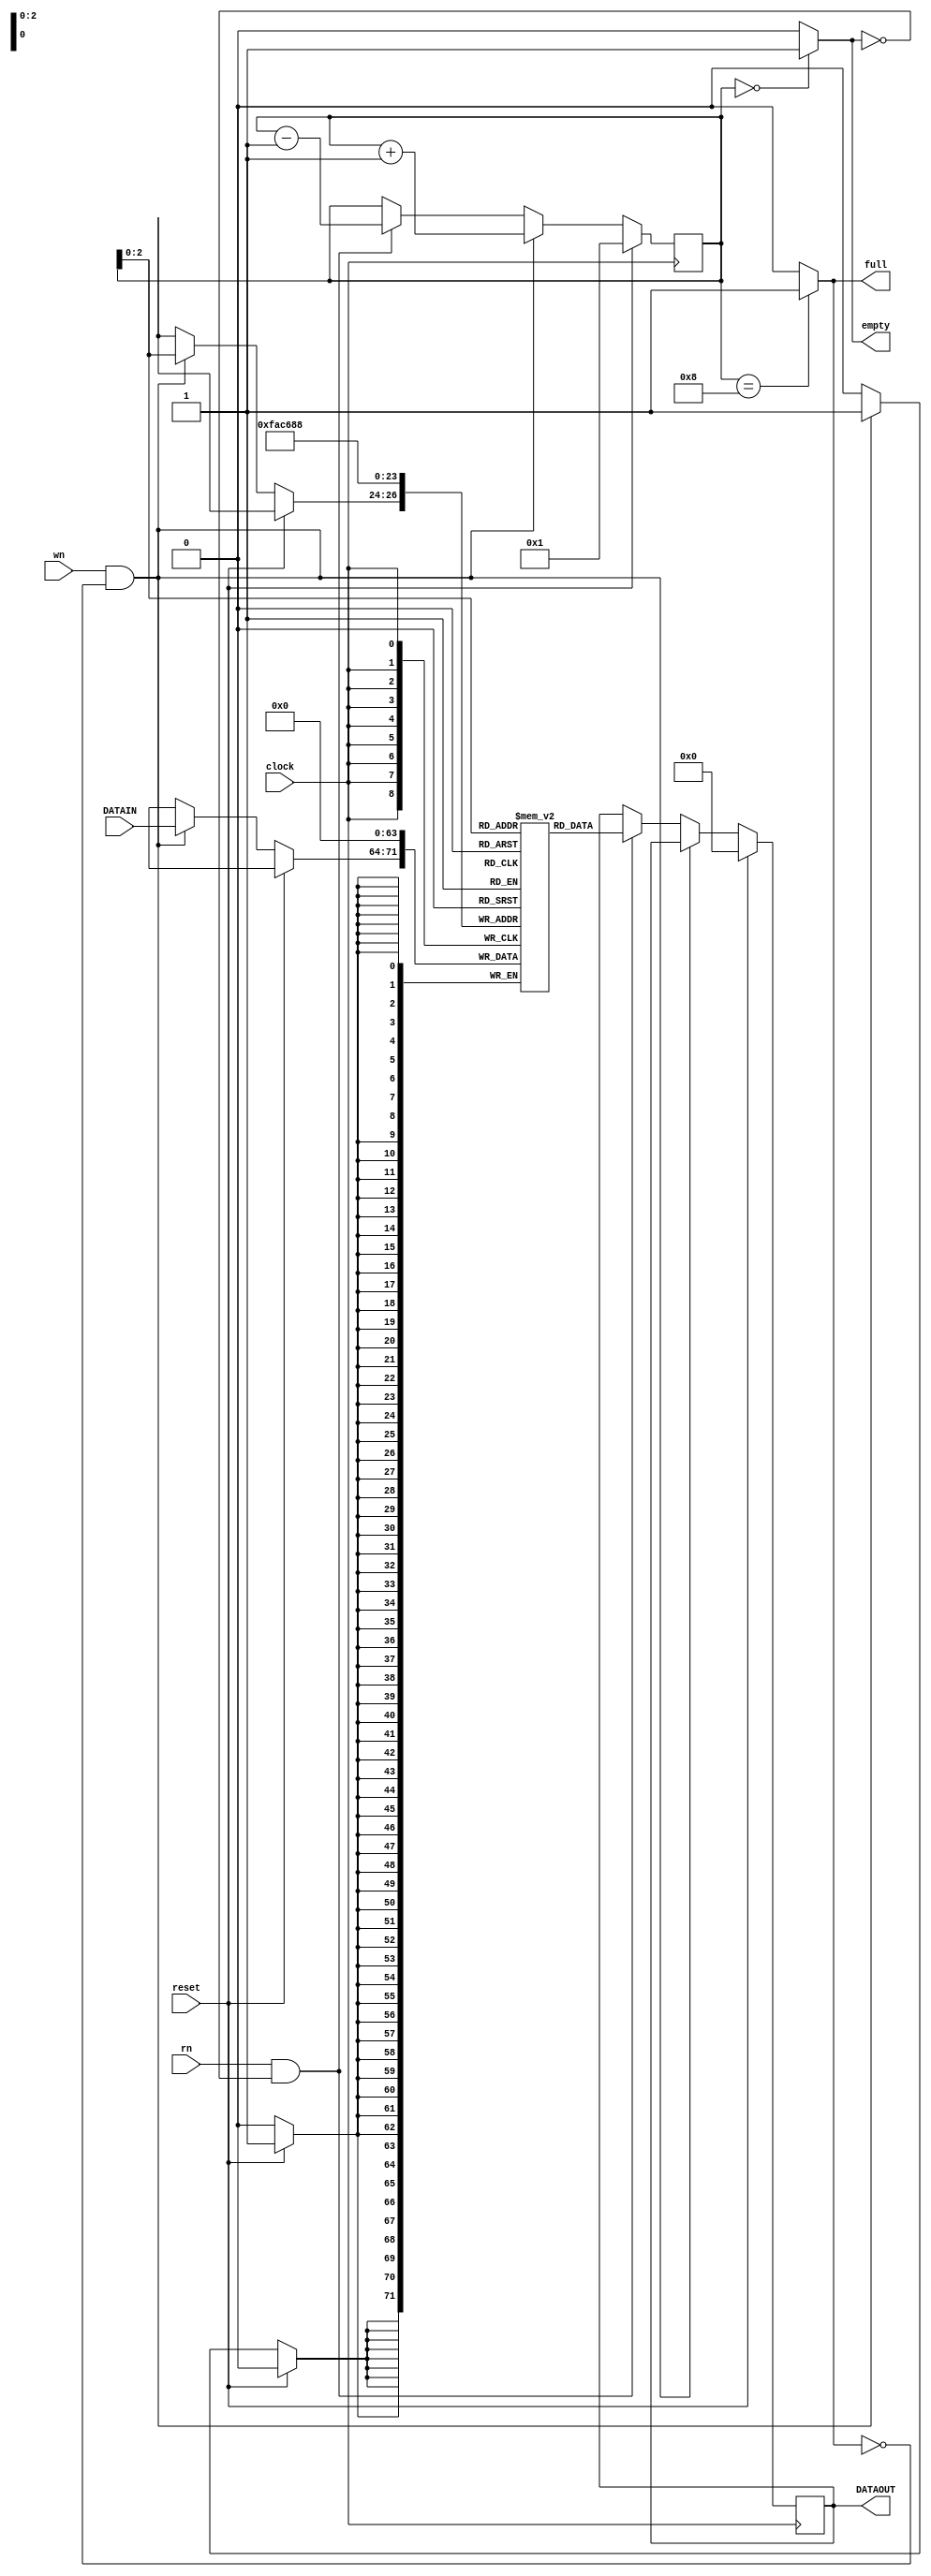
// This is linear stack / LIFO
// The queue length 8
// The data width is also 8 bits
module jLIFO(DATAOUT, full, empty, clock, reset, wn, rn, DATAIN);
  output reg [7:0] DATAOUT;
  output full, empty;
  input [7:0] DATAIN;
  input clock, reset, wn, rn; // Need to understand what is wn and rn are for
  
  reg [3:0] sp; // pointers tracking the stack
  reg [7:0] memory [7:0]; // the stack is 8 bit wide and 8 locations in size
  
  assign full = (sp == 4'b1000) ? 1 : 0;
  assign empty = (sp == 4'b0000) ? 1 : 0;
  
  always @(posedge clock)
  begin
    if (reset)
      begin
        memory[0] <= 0; memory[1] <= 0; memory[2] <= 0; memory[3] <= 0;
        memory[4] <= 0; memory[5] <= 0; memory[6] <= 0; memory[7] <= 0;
        DATAOUT <= 0; sp <= 1;
      end
    else if (wn & !full)
      begin
        memory[sp] <= DATAIN;
        sp <= sp + 1;
      end
    else if (rn & !empty)
      begin
        sp <= sp - 1;
        DATAOUT <= memory[sp];
      end
  end
endmodule